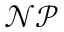
\mathcal { N P }